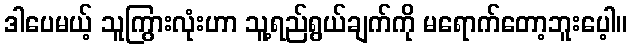
ဒါပေမယ့် သူကြွားလုံးဟာ သူ့ရည်ရွယ်ချက်ကို မရောက်တော့ဘူးပေ့ါ။